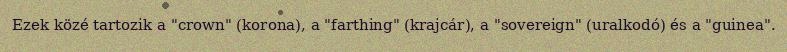
Ezek közé tartozik a "crown" (korona), a "farthing" (krajcár), a "sovereign" (uralkodó) és a "guinea".